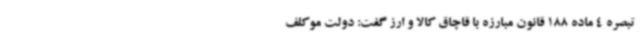
تبصره 4 ماده 188 قانون مبارزه با قاچاق کالا و ارز گفت: دولت موکلف